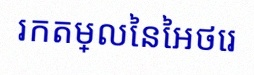
រកតម្លៃនៃអថេរ